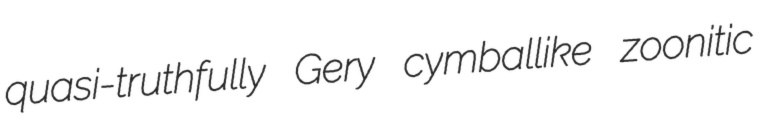
quasi-truthfully Gery cymballike zoonitic